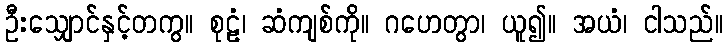
ဦးသျှောင်နှင့်တကွ။ စုဠံ၊ ဆံကျစ်ကို။ ဂဟေတွာ၊ ယူ၍။ အယံ၊ ငါသည်။